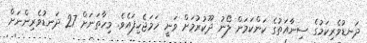
ދަނޑުވެރިކަމުގެ ސިނާއަތުގެ ކަންކަމަށް ލޯނު ދޫކުރުމަށް ވަނީ ހަމަޖެހިފައެވެ. މިހާތަނަށް 27 ދަނޑުވެރިންނަށް